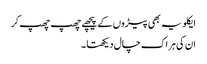
ایکلویہ بھی پیڑوں کے پیچھے چھپ چھپ کر
ان کی ہر اک چال دیکھتا ۔